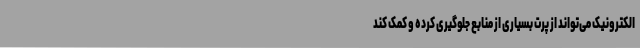
الکترونیک می‌تواند از پِرت بسیاری از منابع جلوگیری کرده و کمک کند